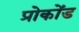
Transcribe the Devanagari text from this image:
प्रोकोंड